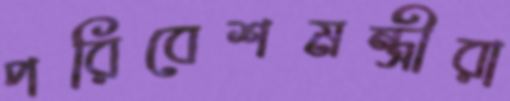
পরিবেশমন্ত্রীরা